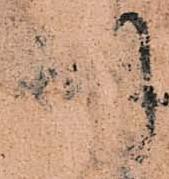
羽